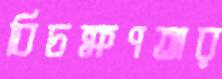
বিচক্ষণতার